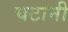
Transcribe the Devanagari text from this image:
चटानी